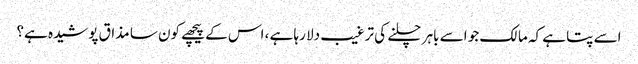
اسے پتا ہے کہ مالک جو اسے باہر چلنے کی ترغیب دلا رہا ہے ، اس کے پیچھے کون سا مذاق پوشیدہ ہے؟